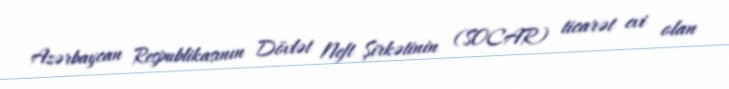
Azərbaycan Respublikasının Dövlət Neft Şirkətinin (SOCAR) ticarət evi olan